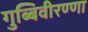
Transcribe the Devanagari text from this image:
गुब्बिवीरण्णा